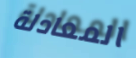
المعادلة